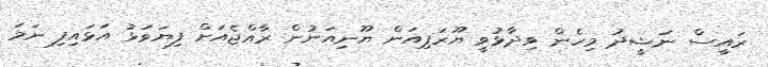
ރައީސް ނަޝީދު މިހެން ވިދާޅުވީ ޔޫރަޕިއަން ޔޫނިއަނުން ރާއްޖެއަށް ފިޔަވަޅު އަޅައިފި ނަމަ